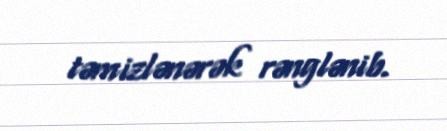
təmizlənərək rənglənib.